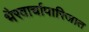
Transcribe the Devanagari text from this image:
भैरवार्चापारिजात